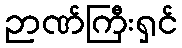
ဉာဏ်ကြီးရှင်